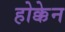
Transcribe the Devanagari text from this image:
होक्केन